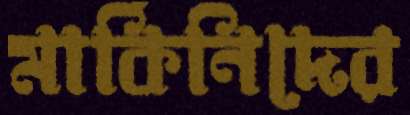
মার্কিনিদের